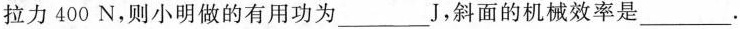
拉力400N，则小明做的有用功为___J，斜面的机械效率是___.